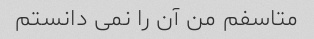
متاسفم من آن را نمی دانستم